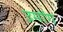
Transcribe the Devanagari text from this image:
उमोंग